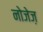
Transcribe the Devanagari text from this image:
नोजेज़